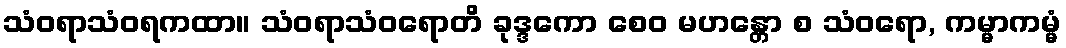
သံဝရာသံဝရကထာ။ သံဝရာသံဝရောတိ ခုဒ္ဒကော စေဝ မဟန္တော စ သံဝရော, ကမ္မာကမ္မံ